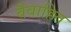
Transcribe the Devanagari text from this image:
वैवाहित